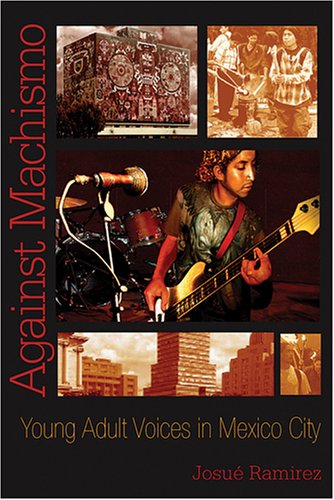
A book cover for Against Machismo: Young Adult Voices in Mexico City; JosuÃ© Ramirez; Travel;